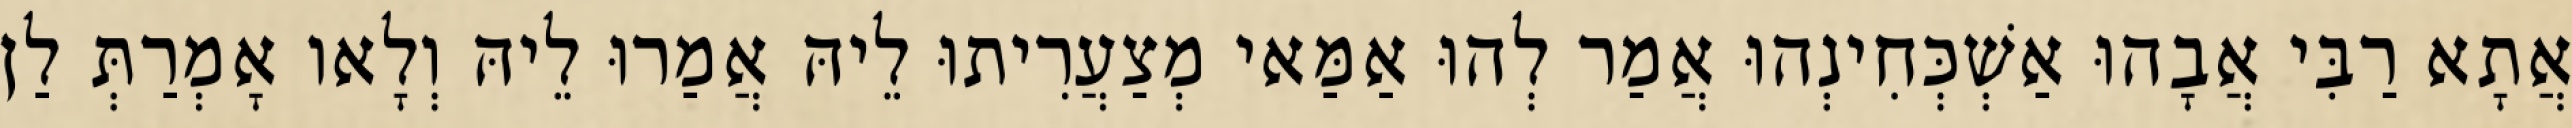
אֲתָא רַבִּי אֲבָהוּ אַשְׁכְּחִינְהוּ אֲמַר לְהוּ אַמַּאי מְצַעֲרִיתוּ לֵיהּ אֲמַרוּ לֵיהּ וְלָאו אָמְרַתְּ לַן